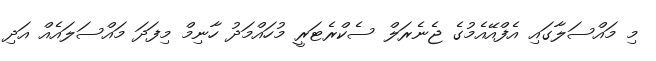
މި މައްސަލާގައި އެފްއޭއެމުގެ ޖެނެރަލް ސެކްރެޓަރީ މުހައްމަދު ހާނިމް މިފަދަ މައްސަލައެއް އަދި